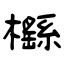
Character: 櫾